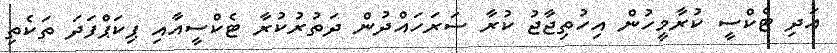
އަދި ޓެކްސީ ކުރާމީހުން އިހުތިޖާޖު ކުރާ ސަރަހައްދުން ދަތުރުކުރާ ޓެކްސީއާއި ޕިކަޕްފަދަ ތަކެތި